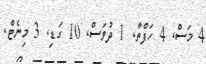
4 މަސް